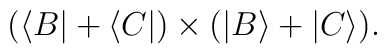
(\langle B| + \langle C|) \times (|B\rangle  + |C\rangle).